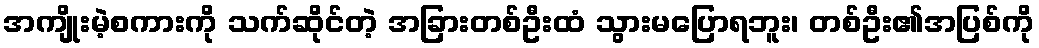
အကျိုးမဲ့စကားကို သက်ဆိုင်တဲ့ အခြားတစ်ဦးထံ သွားမပြောရဘူး၊ တစ်ဦး၏အပြစ်ကို